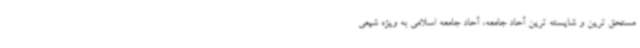
مستحق ترین و شایسته ترین آحاد جامعه، آحاد جامعه اسلامی به ویژه شیعی